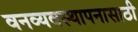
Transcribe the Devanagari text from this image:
वनव्यवस्थापनासाठी